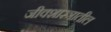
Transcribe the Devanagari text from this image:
जीवशास्त्रातील